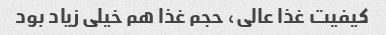
کیفیت غذا عالی، حجم غذا هم خیلی زیاد بود